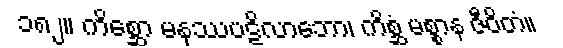
၁၈၂။ ကိစ္ဆော မနုဿပဋိလာဘော၊ ကိစ္ဆံ မစ္စာန ဇီဝိတံ။